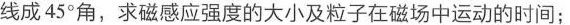
线成45°角，求磁感应强度的大小及粒子在磁场中运动的时间；